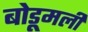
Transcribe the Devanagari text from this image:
बोडूमली